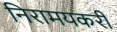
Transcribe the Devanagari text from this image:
निरामयकरी